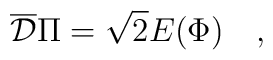
\overline{\cal D} \Pi = \sqrt2 E(\Phi)\quad,